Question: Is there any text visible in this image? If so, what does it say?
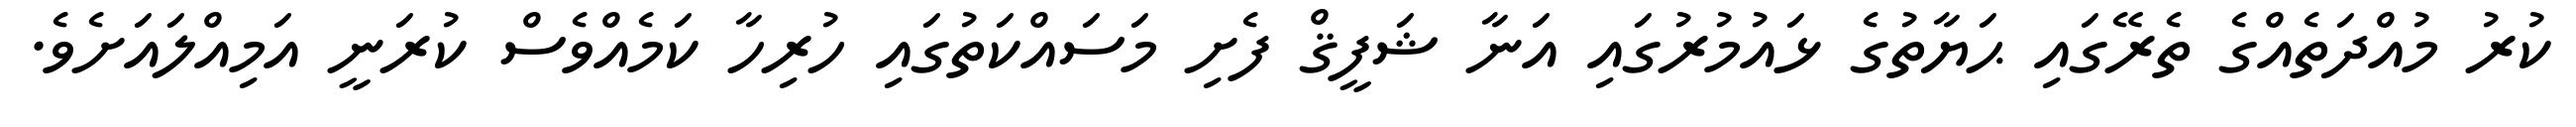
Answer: ކުރު މުއްދަތެއްގެ ތެރޭގައި ޙަޔާތުގެ ޅައުމުރުގައި އަނާ ޝަފީޤް ފެށި މަސައްކަތުގައި ހުރިހާ ކަމެއްވެސް ކުރަނީ އަމިއްލައަށެވެ.